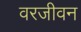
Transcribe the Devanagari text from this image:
वरजीवन